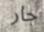
جار